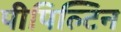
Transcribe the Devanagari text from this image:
पीपिल्टिन